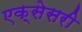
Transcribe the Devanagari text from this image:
एक्सेसरी